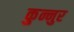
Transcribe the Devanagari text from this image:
कुन्नुर